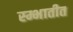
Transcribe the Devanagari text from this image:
स्म्भातीत